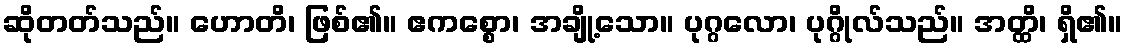
ဆိုတတ်သည်။ ဟောတိ၊ ဖြစ်၏။ ဧကစ္စော၊ အချို့သော။ ပုဂ္ဂလော၊ ပုဂ္ဂိုလ်သည်။ အတ္ထိ၊ ရှိ၏။